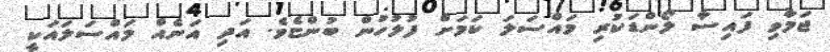
ޖަމާވި ފައިސާ ލޯންޑަކުރި މައްސަލަ ކަމަށް ފުލުހުން ބުންޏެވެ. އަދި އަނެއް މައްސަލައަކީ